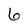
Character: 6